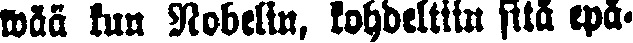
wää kun Nobelin, kohdeltiin sitä epä-